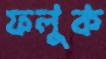
ফলুক